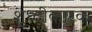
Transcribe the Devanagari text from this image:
शुध्दीकारक